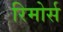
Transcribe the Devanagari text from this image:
रिमोर्स